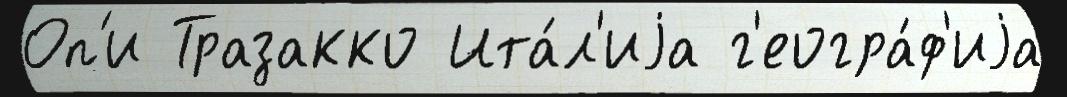
Оп'и Тразакко Ита́л'иjа г'еогра́ф'иjа